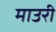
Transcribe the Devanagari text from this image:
माउरी